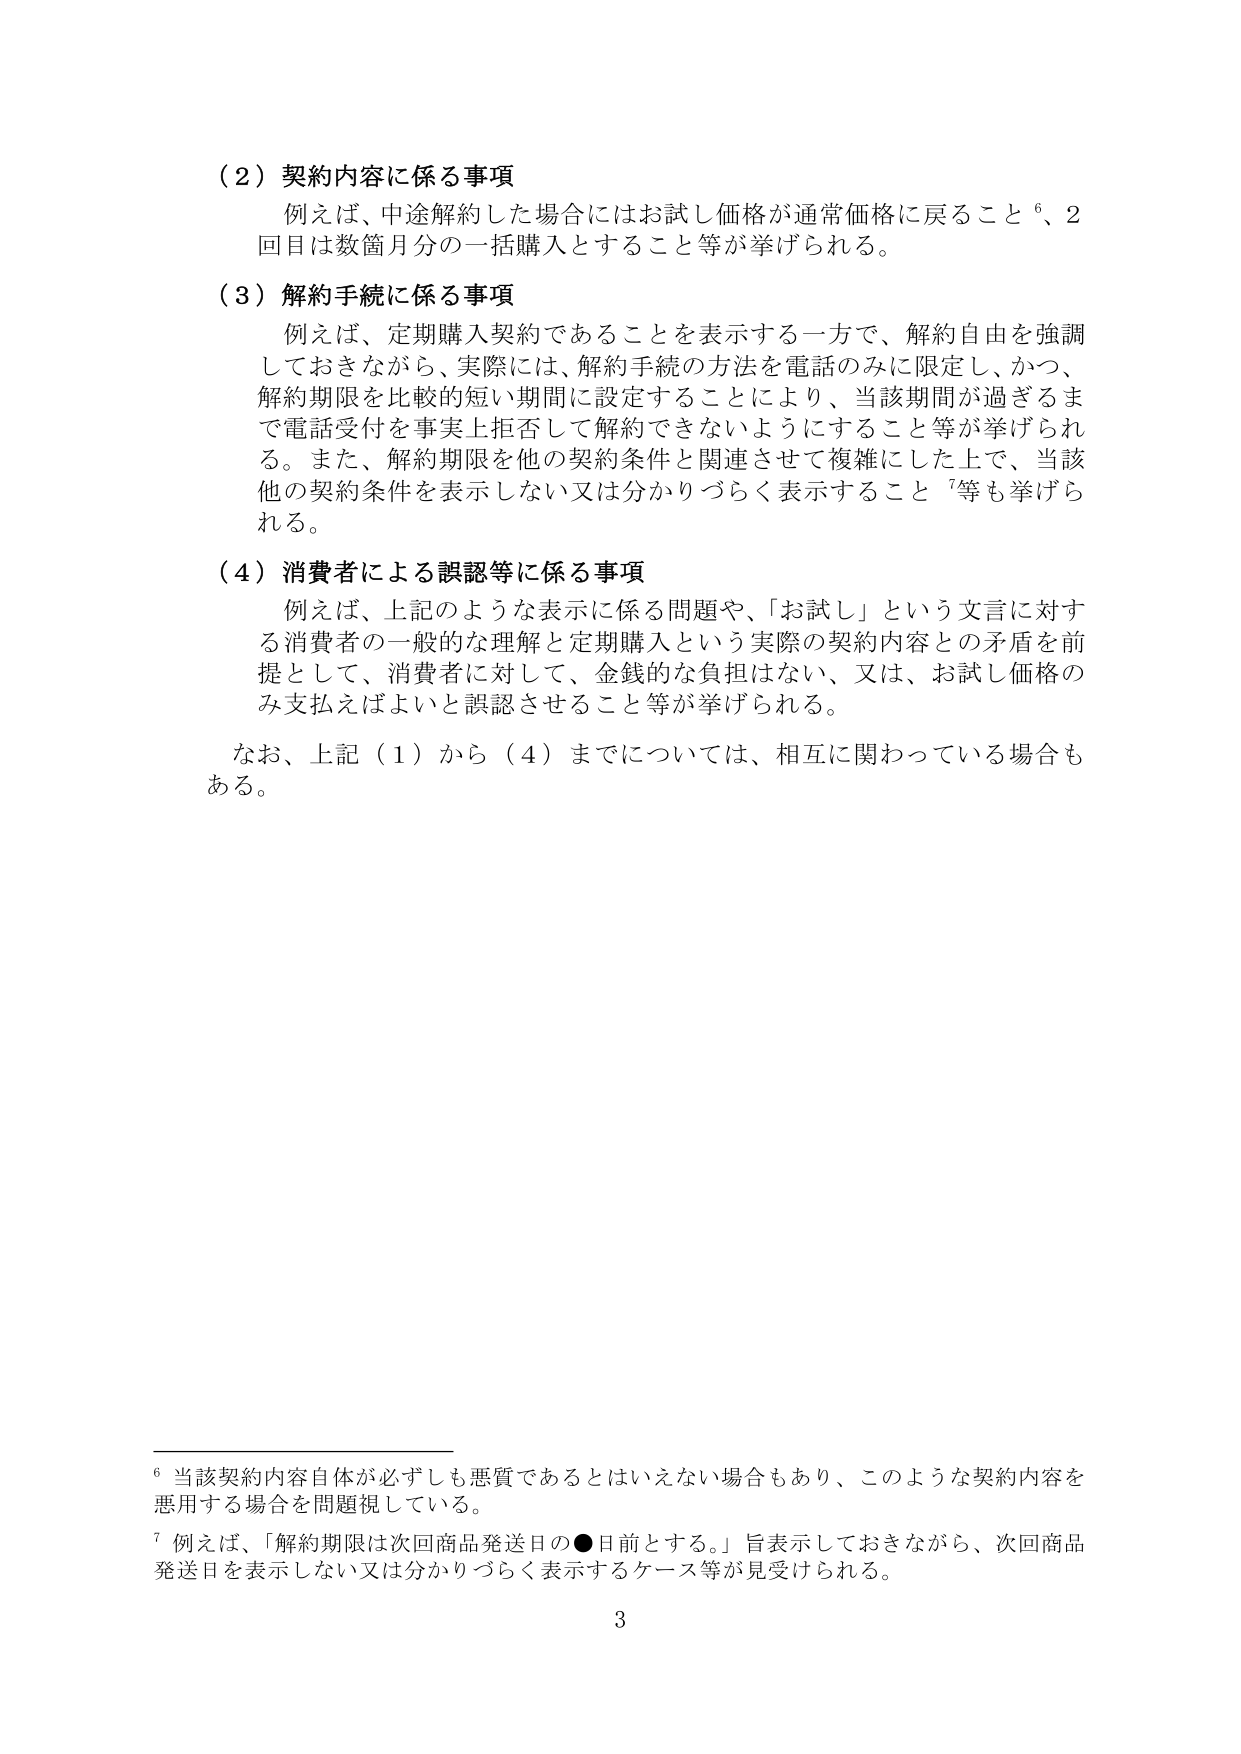
（２）契約内容に係る事項
　例えば、中途解約した場合にはお試し価格が通常価格に戻ること⁶、２回目は数箇月分の一括購入とすること等が挙げられる。

（３）解約手続に係る事項
　例えば、定期購入契約であることを表示する一方で、解約自由を強調しておきながら、実際には、解約手続の方法を電話のみに限定し、かつ、解約期限を比較的短い期間に設定することにより、当該期間が過ぎるまで電話受付を事実上拒否して解約できないようにすること等が挙げられる。また、解約期限を他の契約条件と関連させて複雑にした上で、当該他の契約条件を表示しない又は分かりづらく表示すること⁷等も挙げられる。

（４）消費者による誤認等に係る事項
　例えば、上記のような表示に係る問題や、「お試し」という文言に対する消費者の一般的な理解と定期購入という実際の契約内容との矛盾を前提として、消費者に対して、金銭的な負担はない、又は、お試し価格のみ支払えばよいと誤認させること等が挙げられる。

　なお、上記（１）から（４）までについては、相互に関わっている場合もある。

⁶ 当該契約内容自体が必ずしも悪質であるとはいえない場合もあり、このような契約内容を悪用する場合を問題視している。
⁷ 例えば、「解約期限は次回商品発送日の●日前とする。」旨表示しておきながら、次回商品発送日を表示しない又は分かりづらく表示するケース等が見受けられる。

3